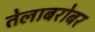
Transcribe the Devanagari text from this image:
तेलाबरोबर